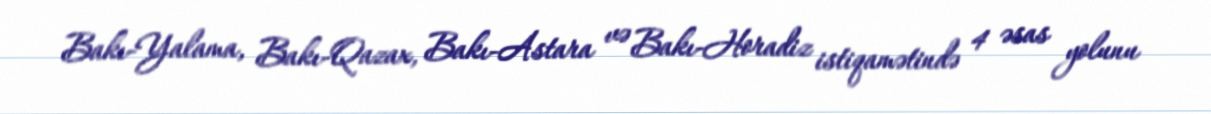
Bakı-Yalama, Bakı-Qazax, Bakı-Astara və Bakı-Horadiz istiqamətində 4 əsas yolunu